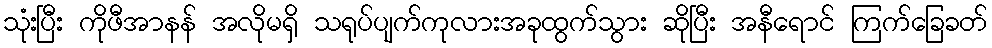
သုံးပြီး ကိုဖီအာနန် အလိုမရှိ သရုပ်ပျက်ကုလားအခုထွက်သွား ဆိုပြီး အနီရောင် ကြက်ခြေခတ်